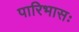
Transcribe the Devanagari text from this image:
पारिभासः